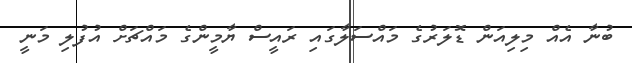
ބުނާ އެއް މިލިއަން ޑޮލަރުގެ މައްސަލާގައި ރައީސް ޔާމީންގެ މައްޗަށް އުފުލި މަނީ